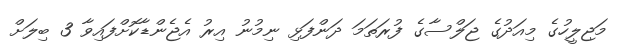
މަޖިލީހުގެ މިއަދުގެ ޖަލްސާގެ ފުރަތަމަ ދަންފަޅި ނިމުނު އިރު އެޖެންޑާކޮށްފައިވާ 3 ބިލަށް